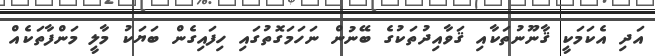
އަދި އެކަމަކީ ޤާނޫނުތަކާއި ޤަވާއިދުތަކުގެ ބޭނުން ނަހަމަގޮތުގައި ހިފައިގެން ބަޔަކު މާލީ މަންފާތަކެއް